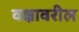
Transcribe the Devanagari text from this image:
वक्षावरील